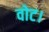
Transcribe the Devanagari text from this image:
वोट।